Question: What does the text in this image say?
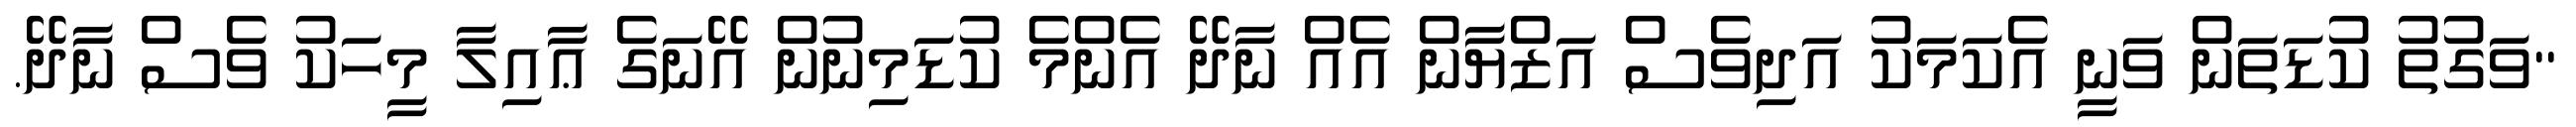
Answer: ''ވަގުތު ކުޑަތަން ވަނީ އެކަމަކު އަދިވެސް އަޒްޔާން އެއް ނާދޭ އެންމެ ކުޑަމިނުން އޭނަގެ ޢާއިލާ މީހަކު ވެސް ނާދޭ.